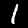
Label: 1